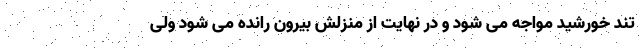
تند خورشید مواجه می شود و در نهایت از منزلش بیرون رانده می شود ولی